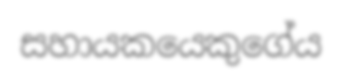
සහායකයෙකුගේය